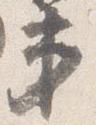
第